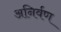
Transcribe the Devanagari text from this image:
अनिर्वण